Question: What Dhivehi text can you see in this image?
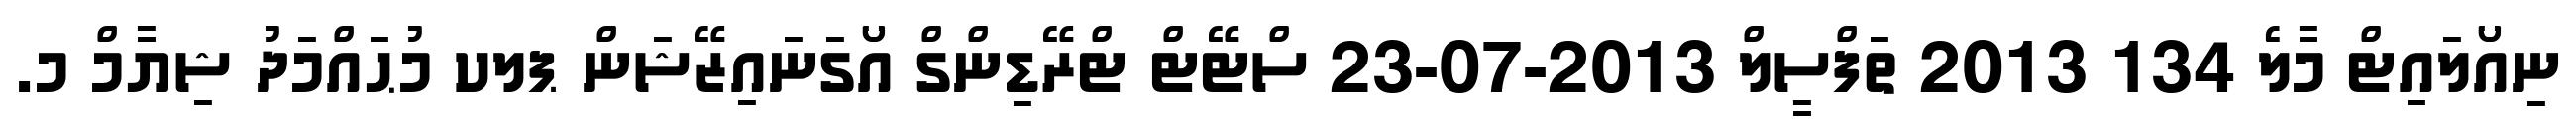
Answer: ނިއޯލައިޓް މާލެ 134 2013 ތަފްސީލް 2013-07-23 ސްޓޭޓް ޓްރޭޑިންގް އޯގަނައިޒޭޝަން ޕލކ މުޙައްމަދު ޝިޔާމް މ.